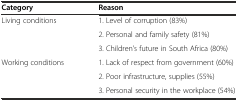
<table><thead><tr><td><b>Category</b></td><td><b>Reason</b></td></tr></thead><tbody><tr><td>Living conditions</td><td>1. Level of corruption (83%)</td></tr><tr><td></td><td>2. Personal and family safety (81%)</td></tr><tr><td></td><td>3. Children’s future in South Africa (80%)</td></tr><tr><td>Working conditions</td><td>1. Lack of respect from government (60%)</td></tr><tr><td></td><td>2. Poor infrastructure, supplies (55%)</td></tr><tr><td></td><td>3. Personal security in the workplace (54%)</td></tr></tbody></table>